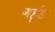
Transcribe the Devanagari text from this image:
गर्हूड